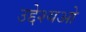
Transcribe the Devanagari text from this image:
उद्देश्यओ